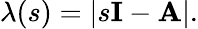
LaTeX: \lambda(s)=|s\mathbf{I}-\mathbf{A}|.